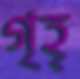
গৃহ্